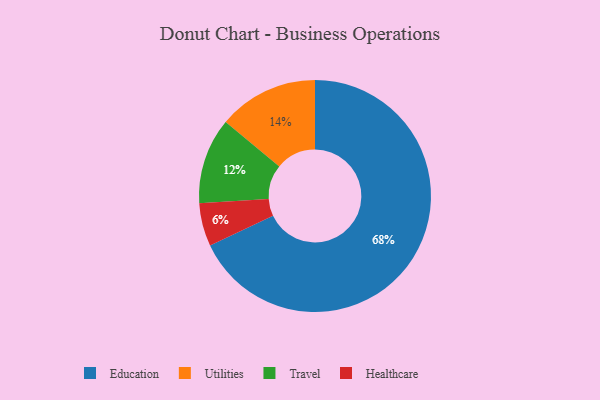
{"axis": {"x": "Category", "y": "Percentage"}, "legend": ["Education", "Healthcare", "Travel", "Utilities"], "data": [{"x": "Healthcare", "y": 6, "type": "Healthcare"}, {"x": "Utilities", "y": 14, "type": "Utilities"}, {"x": "Education", "y": 68, "type": "Education"}, {"x": "Travel", "y": 12, "type": "Travel"}]}